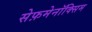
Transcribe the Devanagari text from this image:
सेफ़मेनॉक्सिम